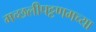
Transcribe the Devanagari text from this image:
मच्छलीपट्टणमच्या